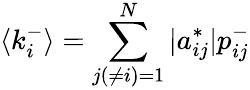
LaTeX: \langle k_{i}^{-}\rangle=\sum_{j(\neq i)=1}^{N}|a_{ij}^{*}|p_{ij}^{-}